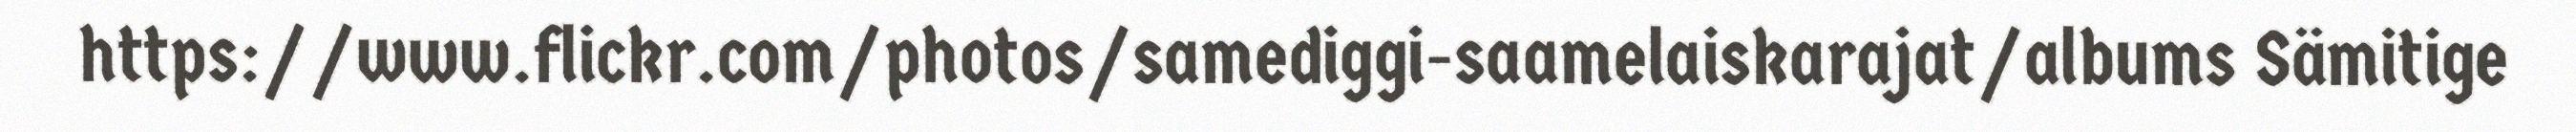
https://www.flickr.com/photos/samediggi-saamelaiskarajat/albums Sämitige